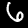
Digit: 6